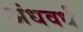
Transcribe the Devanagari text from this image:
अंधवर्ध